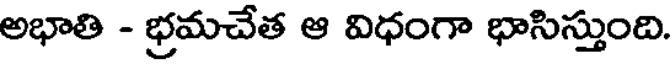
అభాతి - భ్రమచేత ఆ విధంగా భాసిస్తుంది.